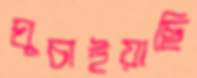
ঘুচাইয়াছি